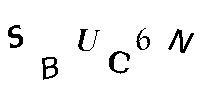
SBUC6N